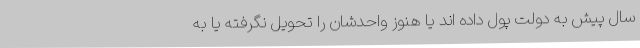
سال پیش به دولت پول داده اند یا هنوز واحدشان را تحویل نگرفته یا به